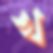
খ